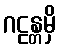
ဂဠန္တမှိ